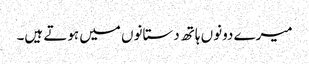
میرے دونوں ہاتھ دستانوں میں ہوتے ہیں۔